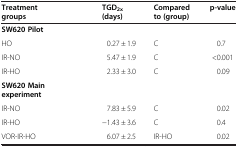
<table><thead><tr><td><b>Treatment groups</b></td><td><b>TGD<sub>2x</sub>(days)</b></td><td><b>Compared to (group)</b></td><td><b>p-value</b></td></tr></thead><tbody><tr><td><b>SW620 Pilot</b></td><td> </td><td> </td><td> </td></tr><tr><td>HO</td><td>0.27 ± 1.9</td><td>C</td><td>0.7</td></tr><tr><td>IR-NO</td><td>5.47 ± 1.9</td><td>C</td><td>&lt;0.001</td></tr><tr><td>IR-HO</td><td>2.33 ± 3.0</td><td>C</td><td>0.09</td></tr><tr><td><b>SW620 Main experiment</b></td><td> </td><td> </td><td> </td></tr><tr><td>IR-NO</td><td>7.83 ± 5.9</td><td>C</td><td>0.02</td></tr><tr><td>IR-HO</td><td>−1.43 ± 3.6</td><td>C</td><td>0.4</td></tr><tr><td>VOR-IR-HO</td><td>6.07 ± 2.5</td><td>IR-HO</td><td>0.02</td></tr></tbody></table>